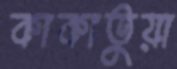
কাকাতুয়া